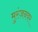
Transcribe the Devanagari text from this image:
मुरंजनवर